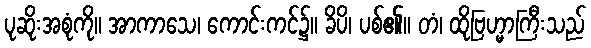
ပုဆိုးအစုံကို။ အာကာသေ၊ ကောင်းကင်၌။ ခိပိ၊ ပစ်၏။ တံ၊ ထိုဗြဟ္မာကြီးသည်